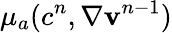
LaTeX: \mu_{a}(c^{n},\nabla{\mathbf v}^{n-1})